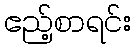
ဧည့်စာရင်း